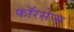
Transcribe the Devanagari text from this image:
फॉरसेप्स